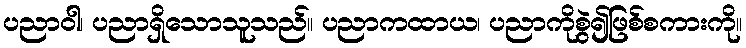
ပညာဝါ၊ ပညာရှိသောသူသည်။ ပညာကထာယ၊ ပညာကိုစွဲ၍ဖြစ်စကားကို။